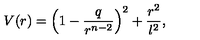
V ( r ) = \left( 1 - { \frac { q } { r ^ { n - 2 } } } \right) ^ { 2 } + { \frac { r ^ { 2 } } { l ^ { 2 } } } ,